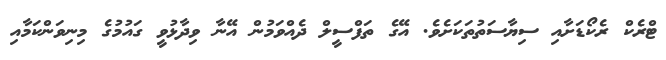
ޓްރެކް ރެކޯޑަށާއި ސިޔާސަތުތަކަށެވެ. އޭގެ ތަފްސީލް ދެއްވަމުން އޭނާ ވިދާޅުވީ ގައުމުގެ މިނިވަންކަމާއި